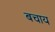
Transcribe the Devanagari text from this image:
बचाय